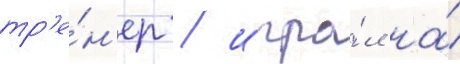
тр'е́н'ер / игра́л на́